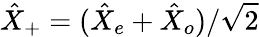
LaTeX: \hat{X}_{+}=(\hat{X}_{e}+\hat{X}_{o})/\sqrt{2}